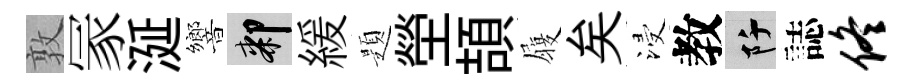
敦冡涎響膝緩題塋頡履矣浸教阡誌佟